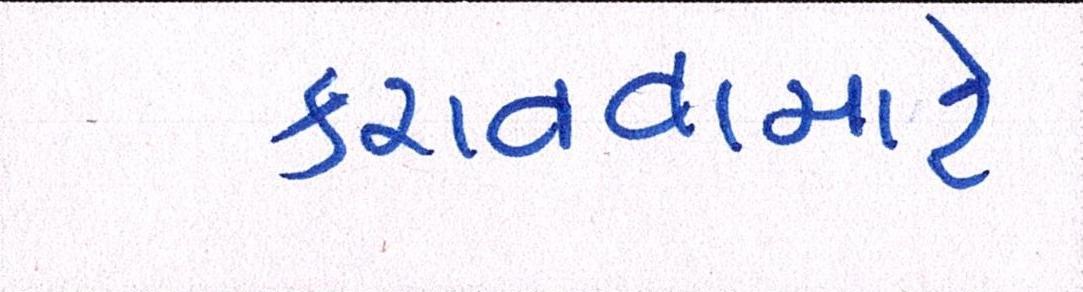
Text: કરાવવામાટે